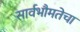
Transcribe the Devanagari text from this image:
सार्वभौमतेचा